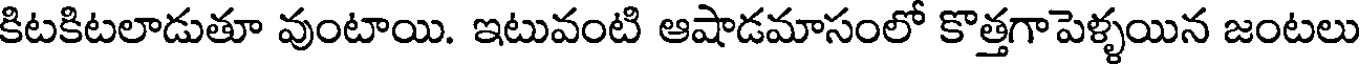
కిటకిటలాడుతూ వుంటాయి. ఇటువంటి ఆషాడమాసంలో కొత్తగాపెళ్ళయిన జంటలు